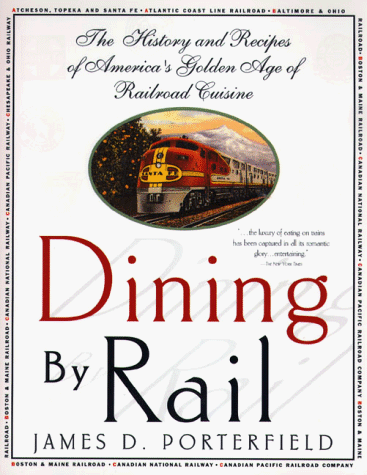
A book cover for Dining By Rail: The History and Recipes of America's Golden Age of Railroad Cuisine; James D. Porterfield; Cookbooks, Food & Wine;